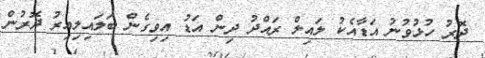
ދޮރު ހުޅުވުނު އަޑާއެކު ލައިލް ރައްދު ދިން އަޑު އިވިގެން ބަލައިލިއިރު ދޮރުން